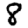
Digit: 8